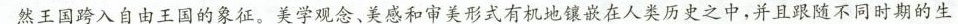
然王国跨入自由王国的象征。美学观念，美感和审美形式有机地镶嵌在人类历史之中，并且跟随不同时期的生